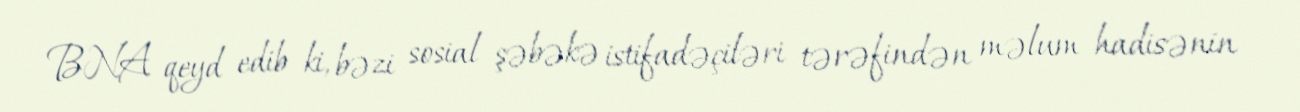
BNA qeyd edib ki, bəzi sosial şəbəkə istifadəçiləri tərəfindən məlum hadisənin